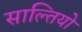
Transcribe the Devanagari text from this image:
साल्तियो